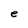
Character: e